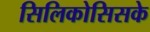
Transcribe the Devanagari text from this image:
सिलिकोसिसके